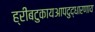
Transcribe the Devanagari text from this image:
ह्रींबटुकायआपदुद्धारणाय